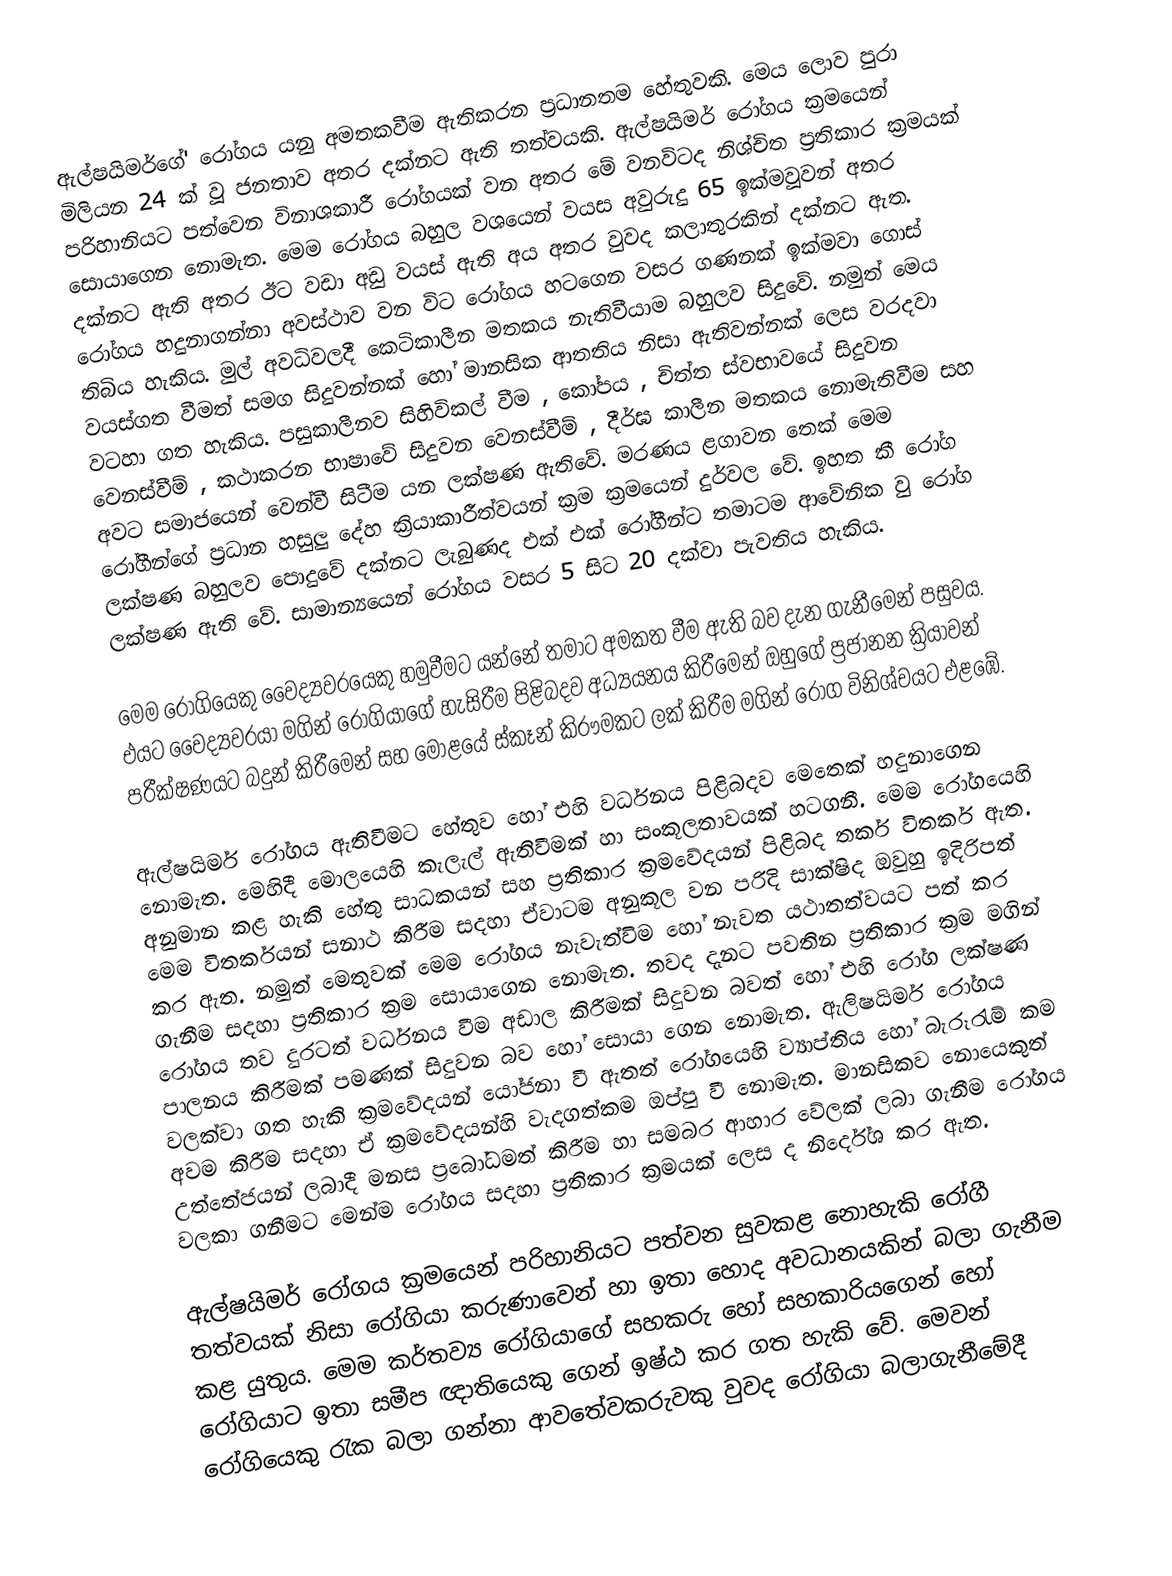
ඇල්ෂයිමර්ගේ' රෝගය යනු අමතකවීම ඇතිකරන ප්‍රධානතම හේතුවකි. මෙය ලොව පුරා මිලියන 24 ක් වූ ජනතාව අතර දක්නට ඇති තත්වයකි. ඇල්ෂයිමර් රෝගය  ක්‍රමයෙන් පරිහානියට පත්වෙන විනාශකාරී රෝගයක් වන අතර මේ වනවිටද නිශ්චිත ප්‍රතිකාර ක්‍රමයක් සොයාගෙන නොමැත. මෙම රෝගය බහුල වශයෙන් වයස අවුරුදු 65  ඉක්මවූවන් අතර දක්නට ඇති අතර ඊට වඩා අඩු වයස් ඇති අය අතර වුවද කලාතුරකින් දක්නට ඇත. රෝගය හදුනාගන්නා අවස්ථාව වන විට රෝගය හටගෙන වසර ගණනක් ඉක්මවා ගොස් තිබිය හැකිය. මුල් අවධිවලදී කෙටිකාලීන මතකය නැතිවීයාම බහුලව සිදුවේ. නමුත් මෙය වයස්ගත වීමත් සමග සිදුවන්නක් හෝ මානසික ආතතිය නිසා ඇතිවන්නක් ලෙස වරදවා වටහා ගත හැකිය. පසුකාලීනව සිහිවිකල් වීම ,  කෝපය ,  චිත්ත ස්වභාවයේ සිදුවන වෙනස්වීම් ,  කථාකරන භාෂාවේ සිදුවන වෙනස්වීම් , දීර්ඝ කාලීන මතකය නොමැතිවීම සහ අවට සමාජයෙන් වෙන්වී සිටීම යන ලක්ෂණ ඇතිවේ. මරණය ළගාවන තෙක් මෙම රෝගීන්ගේ ප්‍රධාන හසුලු දේහ ක්‍රියාකාරීත්වයන් ක්‍රම ක්‍රමයෙන් දුර්වල වේ. ඉහත කී රෝග ලක්ෂණ බහුලව පොදුවේ දක්නට ලැබුණද එක් එක් රෝගීන්ට තමාටම ආවේනික වු රෝග ලක්ෂණ ඇති වේ. සාමාන්‍යයෙන් රෝගය වසර 5 සිට 20 දක්වා පැවතිය හැකිය.

මෙම රෝගියෙකු වෛද්‍යවරයෙකු හමුවීමට යන්නේ තමාට අමකත වීම ඇති බව දැන ගැනීමෙන් පසුවය. එයට වෛද්‍යවරයා මගින් රෝගි‍යාගේ හැසිරීම පිළිබදව අධ්‍යයනය කිරීමෙන් ඔහුගේ ප්‍රජානන ක්‍රියාවන් පරීක්ෂණයට බදුන් කිරීමෙන් සහ මොළයේ ස්කෑන් කිරෟමකට ලක් කිරීම මගින් රෝග විනිශ්චයට එළඹේ.

ඇල්ෂයිමර් රෝගය ඇතිවීමට ‍හේතුව හෝ එහි වර්ධනය පිළිබදව මෙතෙක් හදුනාගෙන නොමැත. මෙහිදී මොලයෙහි කැලැල් ඇතිවීමක් හා සංකූලතාවයක් හටගනී. මෙම රෝගයෙහි අනුමාන කළ හැකි හේතු සාධකයන් සහ  ප්‍රතිකාර ක්‍රමවේදයන් පිළිබද  තර්ක විතර්ක ඇත. මෙම විතර්කයන් සනාථ කිරීම සදහා  ඒවාටම අනුකූල වන පරිදි සාක්ෂිද  ඔවුහු ඉදිරිපත් කර ඇත. නමුත් මෙතුවක් මෙම රෝගය නැවැත්විම හෝ නැවත යථාතත්වයට පත් කර ගැනීම සදහා ප්‍රතිකාර ක්‍රම සොයාගෙන නොමැත. තවද දැනට පවතින ප්‍රතිකාර ක්‍රම මගින් රෝගය තව දුරටත් වර්ධනය වීම අඩාල කිරීමක් සිදුවන බවත් හෝ එහි රෝග ලක්ෂණ පාලනය කිරීමක් පමණක් සිදුවන බව හෝ සොයා ගෙන ‍නොමැත. ඇලිෂයිමර් රෝගය වලක්වා ගත හැකි ක්‍රමවේදයන් යෝජනා වී ඇතත් රෝගයෙහි ව්‍යාප්තිය හෝ බැරූරැම් කම අවම කිරීම සදහා ඒ ක්‍ර‍මවේදයන්හි වැදගත්කම ඔප්පු වී  නොමැත. මානසිකව නොයෙකුත් උත්තේජයන් ලබාදී මනස ප්‍රබෝධමත් කිරීම හා සමබර ආහාර ‍වේලක් ලබා ගැනීම රෝගය වලකා ගනීමට මෙන්ම රෝගය සදහා ප්‍රතිකාර ක්‍රමයක් ලෙස ද නිර්දේශ කර ඇත.

ඇල්ෂයිමර් රෝගය ක්‍රමයෙන් පරිහානියට පත්වන සුවකළ නොහැකි රෝගී තත්වයක් නිසා රෝගියා කරුණාවෙන් හා ඉතා හොද අවධානයකින් බලා ගැනීම කළ යුතුය. මෙම කර්තව්‍ය රෝගියාගේ සහකරු  හෝ සහකාරියගෙන් හෝ රෝගියාට ඉතා සමීප ඥාතියෙකු ගෙන් ඉෂ්ඨ කර ගත හැකි වේ. මෙවන් රෝගියෙකු රැක බලා ගන්නා ආවතේවකරුවකු වුවද රෝගියා බලාගැනීමේදී